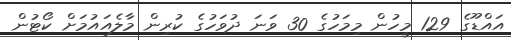
އައްޑޫގެ 129 މީހުން މިމަހުގެ 30 ވަނަ ދުވަހުގެ ކުރިން މާލެއައުމަށް ކޯޓުން